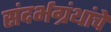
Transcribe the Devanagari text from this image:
संदर्भग्रंथांचे